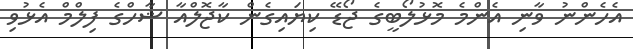
އެހެންނު ވާނި އެންމެ މޮޅުލޯބީގެ ޖޯޑޭ ކިޔައިގެން ކާޖޮލްއާ ޝާހްގެ ފިލްމް އެޅުވި